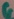
Text: G